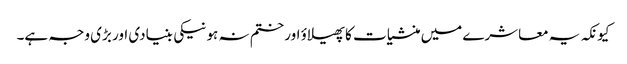
کیونکہ یہ معاشرے میں منشیات کا پھیلاؤ اور ختم نہ ہونیکی بنیادی اور بڑی وجہ ہے۔